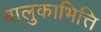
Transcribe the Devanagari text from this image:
बालुकाभित्ति